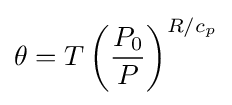
\theta =T\left({\frac {P_{0}}{P}}\right)^{R/c_{p}}